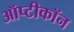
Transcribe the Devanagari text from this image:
ऑप्टीकॉन